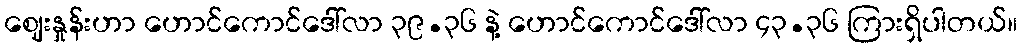
ဈေးနှုန်းဟာ ဟောင်ကောင်ဒေါ်လာ ၃၉.၃၆ နဲ့ ဟောင်ကောင်ဒေါ်လာ ၄၃.၃၆ ကြားရှိပါတယ်။